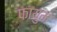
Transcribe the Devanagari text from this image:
फायुम